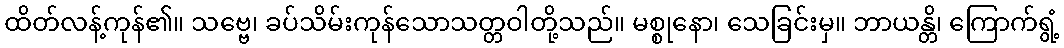
ထိတ်လန့်ကုန်၏။ သဗ္ဗေ၊ ခပ်သိမ်းကုန်သောသတ္တဝါတို့သည်။ မစ္စုနော၊ သေခြင်းမှ။ ဘာယန္တိ၊ ကြောက်ရွံ့